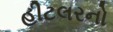
હીટલરનો